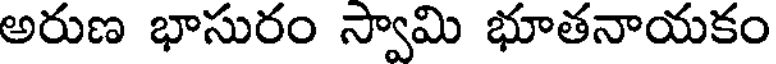
అరుణ భాసురం స్వామి భూతనాయకం